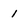
Character: 1